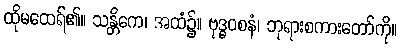
ထိုမထေရ်၏။ သန္တိကေ၊ အထံ၌။ ဗုဒ္ဓဝစနံ၊ ဘုရားစကားတော်ကို။